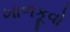
ખાળકૂવો